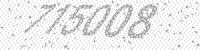
Solution: 715008